Civil Veterinary Department Bengal reports 1933-51 - 1933-1951
Year: 1933
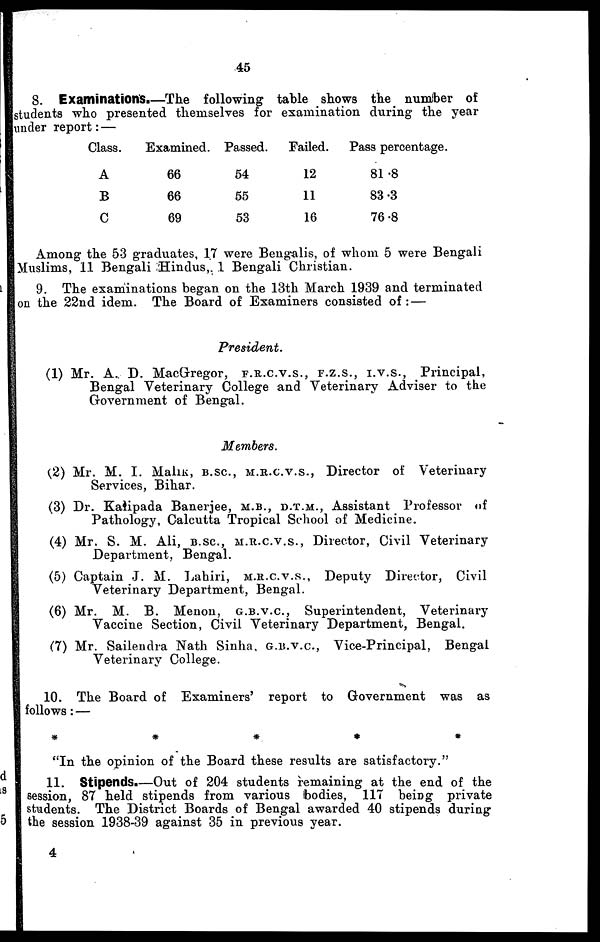
45
8. Examinations.—The following table shows the number of
students who presented themselves for examination during the year
under report: —
Class.
A
B
C
Examined.
66
66
69
Passed.
54
55
53
Failed.
12
11
16
Pass percentage.
81.8
83.3
76.8
Among the 53 graduates, 17 were Bengalis, of whom 5 were Bengali
Muslims, 11 Bengali Hindus, 1 Bengali Christian.
9. The examinations began on the 13th March 1939 and terminated
on the 22nd idem. The Board of Examiners consisted of: —
President.
(1) Mr. A. D. MacGregor, F.R.C.V.S., F.Z.S., I.V.S., Principal,
Bengal Veterinary College and Veterinary Adviser to the
Government of Bengal.
Members.
(2) Mr. M. I. MaliK, B.SC, M.R.C.V.S., Director of Veterinary
Services, Bihar.
(3) Dr. Kalipada Banerjee, M.B., D.T.M., Assistant Professor of
Pathology, Calcutta Tropical School of Medicine.
(4) Mr. S. M. Ali, B.SC, M.H.C.V.S., Director, Civil Veterinary
Department, Bengal.
(5) Captain J. M. Lahiri, M.R.C.V.S., Deputy Director, Civil
Veterinary Department, Bengal.
(6) Mr. M. B. Menon, G.B.V.C.. Superintendent, Veterinary
Vaccine Section, Civil Veterinary Department, Bengal.
(7) Mr. Sailendra Nath Sinha, G.B.V.C, Vice-Principal, Bengal
Veterinary College.
10. The Board of Examiners' report to Government was as
follows : —
* * * * *
"In the opinion of the Board these results are satisfactory."
11. Stipends.—Out of 204 students remaining at the end of the
session, 87 held stipends from various bodies, 117 being private
students. The District Boards of Bengal awarded 40 stipends during
the session 1938-39 against 35 in previous year.
4